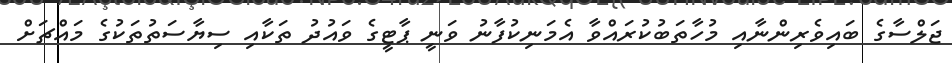
ޖަލްސާގެ ބައިވެރިންނާއި މުހާތަބުކުރައްވާ އެމަނިކުފާނު ވަނީ ޕާޓީގެ ވައުދު ތަކާއި ސިޔާސަތުތަކުގެ މައްޗަށް